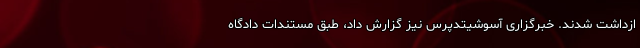
ازداشت شدند. خبرگزاری آسوشیتدپرس نیز گزارش داد، طبق مستندات دادگاه